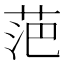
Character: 𮏍